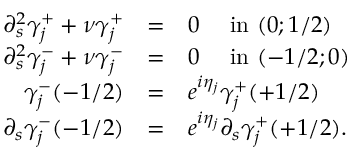
\begin{array} { r c l } { \partial _ { s } ^ { 2 } \gamma _ { j } ^ { + } + \nu \gamma _ { j } ^ { + } } & { = } & { 0 \quad \mathrm { ~ i n ~ } ( 0 ; 1 / 2 ) } \\ { \partial _ { s } ^ { 2 } \gamma _ { j } ^ { - } + \nu \gamma _ { j } ^ { - } } & { = } & { 0 \quad \mathrm { ~ i n ~ } ( - 1 / 2 ; 0 ) } \\ { \gamma _ { j } ^ { - } ( - 1 / 2 ) } & { = } & { e ^ { i \eta _ { j } } \gamma _ { j } ^ { + } ( + 1 / 2 ) } \\ { \partial _ { s } \gamma _ { j } ^ { - } ( - 1 / 2 ) } & { = } & { e ^ { i \eta _ { j } } \partial _ { s } \gamma _ { j } ^ { + } ( + 1 / 2 ) . } \end{array}